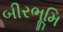
બીરભૂમિ